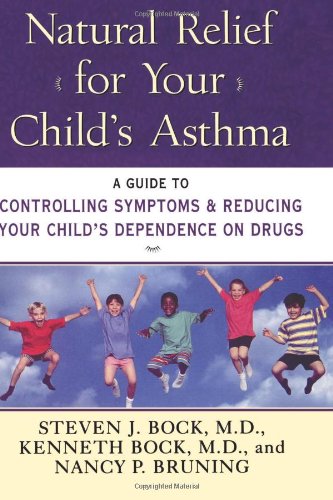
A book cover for Natural Relief for Your Child's Asthma: A Guide to Controlling Symptoms & Reducing Your Child's Dependence on Drugs; M.D., Steven J. Bock; Health, Fitness & Dieting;